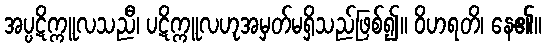
အပ္ပဋိက္ကူလသညီ၊ ပဋိက္ကူလဟုအမှတ်မရှိသည်ဖြစ်၍။ ဝိဟရတိ၊ နေ၏။